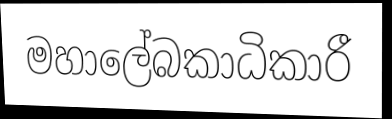
මහාලේබකාධිකාරී